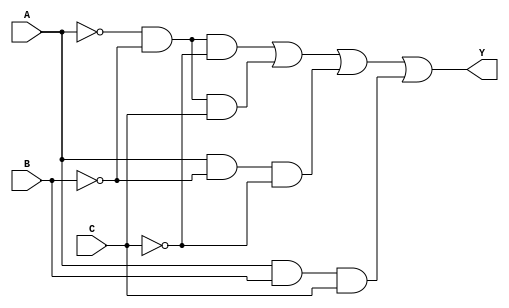
module kmap_3var (
    input wire A,  // Input variable A
    input wire B,  // Input variable B
    input wire C,  // Input variable C
    output wire Y  // Output of the combinational logic
);

// The K-map can be represented as a truth table within an always block
// Here, we define the K-map values based on the input combination
// Assuming the K-map minterms are specified as follows for example:
// - Let's say the K-map corresponds to the function: F(A, B, C) = A'B'C' + A'B'C + AB'C' + ABC
// - This will have the following minterm values:
// - Cell (0, 0) -> A=0, B=0, C=0 -> 1 (minterm 0)
// - Cell (0, 1) -> A=0, B=0, C=1 -> 1 (minterm 1)
// - Cell (1, 0) -> A=1, B=0, C=0 -> 1 (minterm 4)
// - Cell (1, 1) -> A=1, B=1, C=1 -> 1 (minterm 7)
// Minterm values could be adjusted based on the specific K-map you wish to implement.

assign Y = (~A & ~B & ~C) |  // minterm 0
           (~A & ~B & C)  |  // minterm 1
           (A & ~B & ~C)  |  // minterm 4
           (A & B & C);      // minterm 7

endmodule